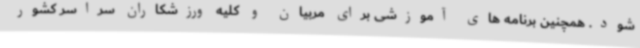
شود. همچنین برنامه های آموزشی برای مربیان و کلیه ورزشکاران سراسر کشور